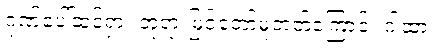
ဂုဏ်ပေါ်ထင်ရှား ဘုရားမြင်တော်မူတတ်ကြောင်း ဂါထာ